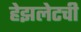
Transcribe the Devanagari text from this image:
हेझलेटची